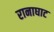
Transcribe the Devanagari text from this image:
रानाघाट